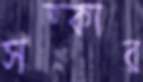
সত্কার